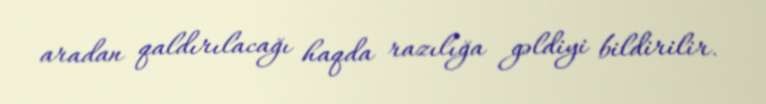
aradan qaldırılacağı haqda razılığa gəldiyi bildirilir.